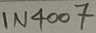
Text: IN4007